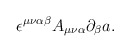
\begin{align*}\epsilon^{\mu\nu\alpha\beta}A_{\mu\nu\alpha}\partial_{\beta}a.\end{align*}